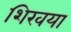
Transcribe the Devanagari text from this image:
शिखया